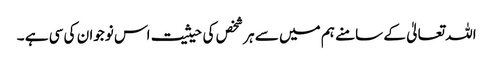
اللہ تعالیٰ کے سامنے ہم میں سے ہر شخص کی حیثیت اس نوجوان کی سی ہے ۔